Sketch of the medical history of the native army of Bombay, for the year
Year: 1872
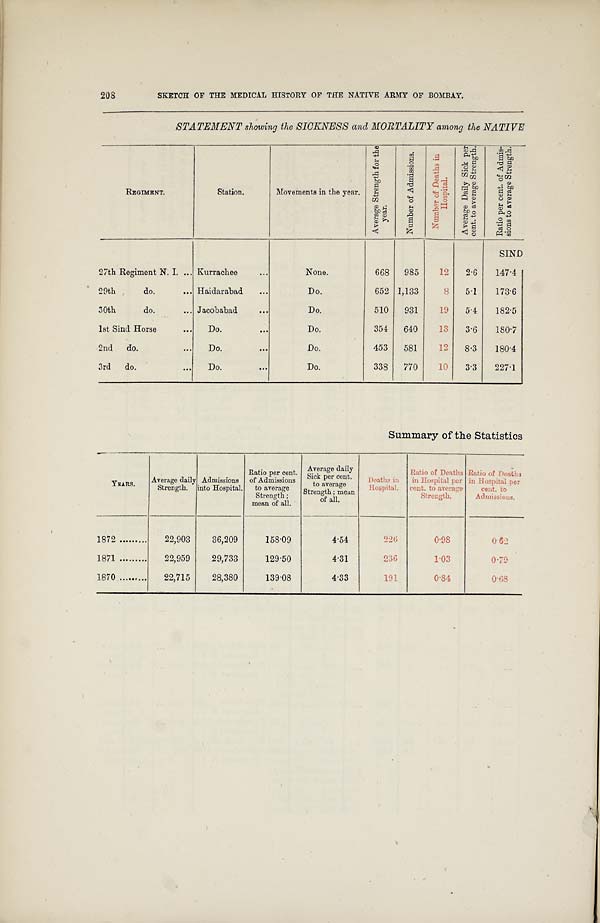
208
SKETCH OF THE MEDICAL HISTORY OF THE NATIVE ARMY OF BOMBAY.
STATEMENT showing the SICKNESS and MORTALITY among the NATIVE
R E G I M E N T .
S t a t i o n .
Movements in the year.
A v e r a g e S t r e n g t h f o r t h e y e a r .
N u m b e r o f A d m i s s i o n s .
N u m b e r o f D e a t h s i n H o s p i t a l .
A v e r a g e D a i l y S i c k p e r c e n t . t o a v e r a g e S t r e n g t h .
R a t i o p e r c e n t . o f A d m i s - s i o n s t o a v e r a g e S t r e n g t h .
SIND
27th Regiment N. I.
Kurrachee
None.
668
985
12
2·6
147·4
29th do.
Haidarabad
Do.
652 1,133
8
5·1
173·6
30th do.
Jacobabad
Do.
510
931
19
5·4
182·5
1st Sind Horse
Do.
Do.
354
640
13
3·6
180·7
2nd do.
Do.
Do.
453
581
12
8·3
180·4
3rd do.
Do.
Do.
338
770
1 0
3·3
227·1
Summary of the Statistics
Y E A R S .
A v e r a g e d a i l y S t r e n g t h .
A d m i s s i o n s i n t o H o s p i t a l .
R a t i o p e r c e n t . o f A d m i s s i o n s t o a v e r a g e S t r e n g t h ; m e a n o f a l l .
A v e r a g e d a i l y S i c k p e r c e n t . t o a v e r a g e S t r e n g t h ; m e a n o f a l l .
D e a t h s i n H o s p i t a l .
R a t i o o f D e a t h s i n H o s p i t a l p e r c e n t . t o a v e r a g e S t r e n g t h .
R a t i o o f D e a t h s i n H o s p i t a l p e r c e n t . t o A d m i s s i o n s .
1872
22,903
36,209
158·09
4·54
2 2 6
0 · 9 8
0 · 6 2
1871
22,959
29,733
129·50
4·31
2 3 6 1·03
0·79
1870
22,715
28,380
139·08
4·33
1 9 1 0·84
0 · 6 8